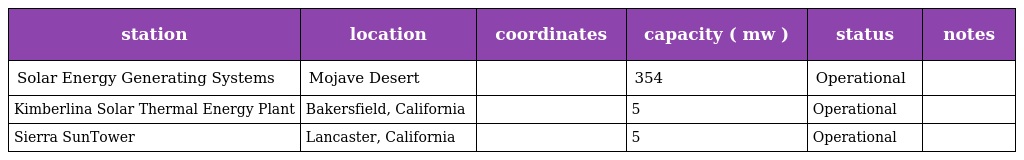
| station | location | coordinates | capacity ( mw ) | status | notes |
 | --- | --- | --- | --- | --- | --- |
 | Solar Energy Generating Systems | Mojave Desert |  | 354 | Operational |  |
 | Kimberlina Solar Thermal Energy Plant | Bakersfield, California |  | 5 | Operational |  |
 | Sierra SunTower | Lancaster, California |  | 5 | Operational |  |